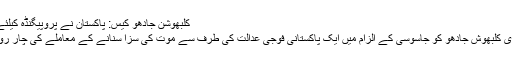
کلبھوشن جادھو کیس: پاکستان نے پروپیگنڈہ کیلئے آئی سی جے کا استعمال کیا:ہندوستان
بین الاقوامی عدالت میں ہندوستانی شہری کلبھوش جادھو کو جاسوسی کے الزام میں ایک پاکستانی فوجی عدالت کی طرف سے موت کی سزا سنانے کے معاملے کی چار روزہ عوامی سماعت پیر کو شروع ہوئی۔